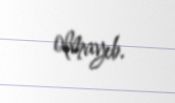
olmayıb.